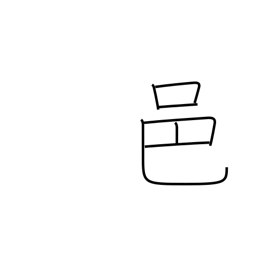
Meaning: rural community